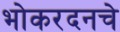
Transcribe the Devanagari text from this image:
भोकरदनचे